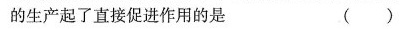
的生产起了直接促进作用的是 （）